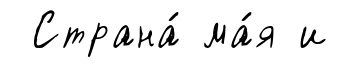
Страна́ ма́я и